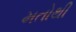
મતોથી